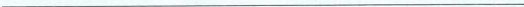
___